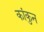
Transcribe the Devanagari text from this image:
कांकुन